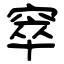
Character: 窣